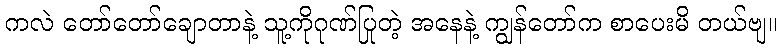
ကလဲ တော်တော်ချောတာနဲ့ သူ့ကိုဂုဏ်ပြုတဲ့ အနေနဲ့ ကျွန်တော်က စာပေးမိ တယ်ဗျ။